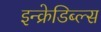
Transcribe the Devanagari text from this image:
इन्क्रेडिब्ल्स